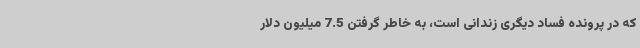
که در پرونده فساد دیگری زندانی است، به خاطر گرفتن 7.5 میلیون دلار